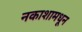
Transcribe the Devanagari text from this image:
नकाशामधून